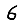
Digit: 6